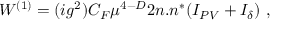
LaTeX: W ^ { ( 1 ) } = ( i g ^ { 2 } ) C _ { F } \mu ^ { 4 - D } 2 n . n ^ { * } ( I _ { P V } + I _ { \delta } ) \, \, ,